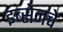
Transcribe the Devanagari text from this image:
इब्सेनचे